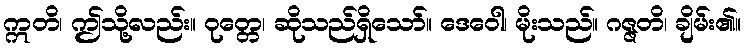
ဣတိ၊ ဤသို့လည်း။ ဝုတ္တေ၊ ဆိုသည်ရှိသော်။ ဒေဝေါ၊ မိုးသည်။ ဂဇ္ဇတိ၊ ချိမ်း၏။